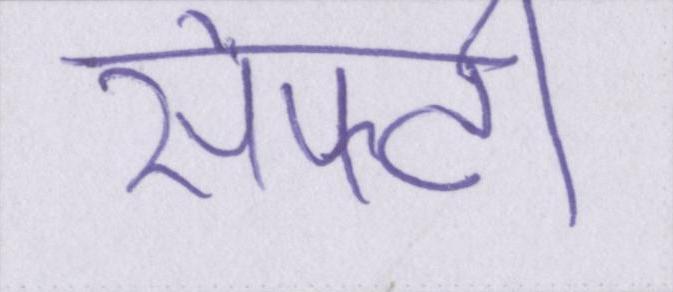
सेफ्टी